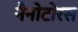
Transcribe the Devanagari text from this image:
नैनोटोरस